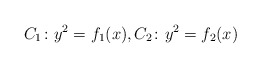
\begin{align*}C_1\colon y^2=f_1(x),C_2\colon y^2=f_2(x)\end{align*}